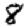
Digit: 8